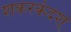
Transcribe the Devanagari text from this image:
शकरकंदश्